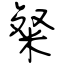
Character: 粲